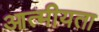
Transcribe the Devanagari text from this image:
आत्‍मीयता